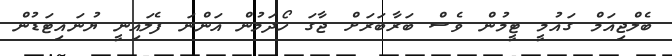
ބެލްޖިއަމް ގައުމީ ޓީމުން ވެސް ބަރާބަރަށް ޖާގަ ހޯދަމުން އަންނަ ފެލައިނީ ޔުނައިޓަޑުން